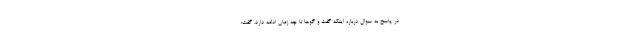
در پاسخ به سوال درباره اینکه گفت و گوها تا چه زمان ادامه دارد، گفت: